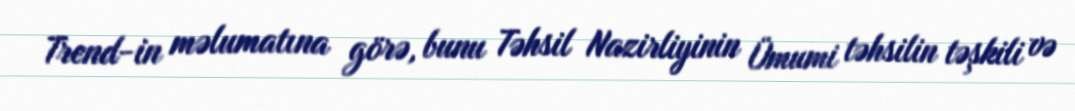
Trend-in məlumatına görə, bunu Təhsil Nazirliyinin Ümumi təhsilin təşkili və